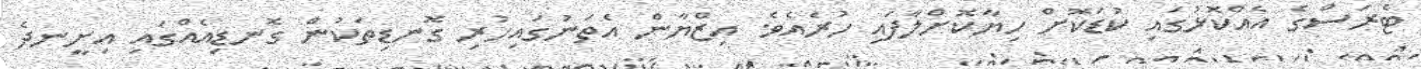
ޓެރަސްގެ އެއްކޮޅުގައި ކުޑަކޮށް ހިޔާކޮށްލާފައި ހުރެއެވެ. އިޒްޔާން އެތަނުގައިހުރި ގޮނޑިތަކުން ގޮނޑިއެއްގައި އިށީނދެ